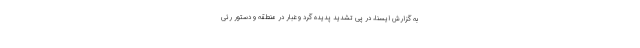
به گزارش ایسنا، در پی تشدید پدیده گرد و غبار در منطقه و دستور رئی